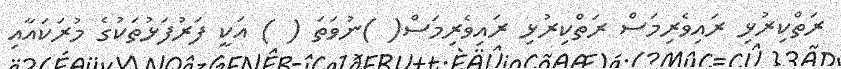
ރަތްކިރުޅި ރައިވެރިމަސް ރަތްކިރުޅި ރައިވެރިމަސް( )ނުވަތަ ( ) އަކީ ފަަރުފަޅުތަކުގެ މުރަކައާއި